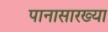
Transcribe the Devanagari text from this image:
पानासारख्या